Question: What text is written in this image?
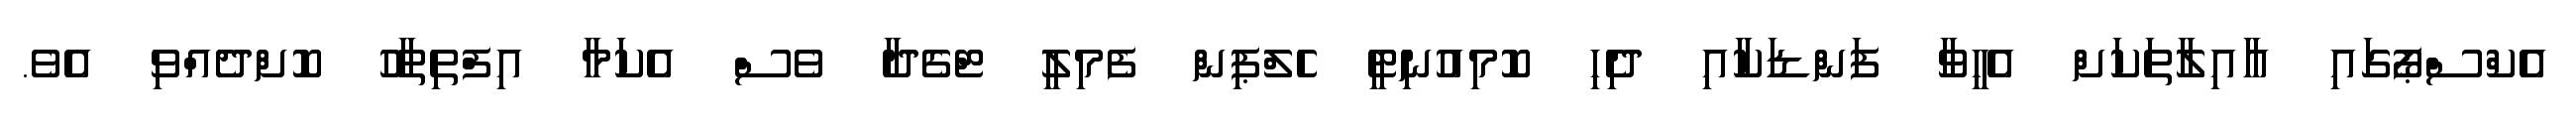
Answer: އެކްސްޕޯގައި އާއިލާތަކަށް އެހީވާ ފަންޑަކާއި ދިެހި ކޮމިއުނިޓީ ހެލްޕިން ފެމިލީ ޓްގެދާ ވެސް އެކަމާ އިފްތިތާހު ކޮށްދެއްވި އެވެ.